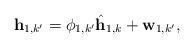
LaTeX: \begin{align*}\textbf{h}_{1,k'} = \phi_{1,k'} \hat{\textbf{h}}_{1,k} + \textbf{w}_{1,k'},\end{align*}